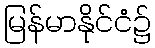
မြန်မာနိုင်ငံ၌